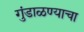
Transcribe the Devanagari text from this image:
गुंडाळण्याचा